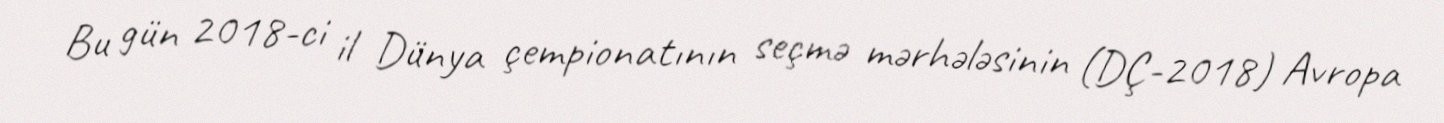
Bu gün 2018-ci il Dünya çempionatının seçmə mərhələsinin (DÇ-2018) Avropa